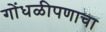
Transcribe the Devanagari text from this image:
गोंधळीपणाचा